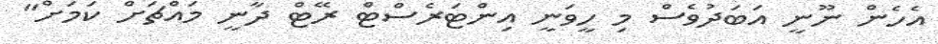
އެހެން ނޫނީ އަބަދުވެސް މި ހީވަނީ އިންޓަރެސްޓް ރޭޓް ދާނީ މައްޗަށް ކަމަށް"